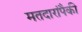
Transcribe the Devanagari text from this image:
मतदारांपैकी